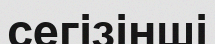
сегізінші